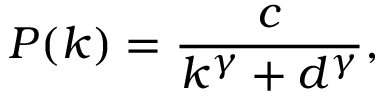
P ( k ) = \frac { c } { k ^ { \gamma } + d ^ { \gamma } } ,